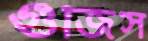
গুঁজিস